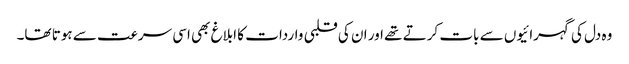
وہ دل کی گہرائیوں سے بات کرتے تھے اور ان کی قلبی واردات کا ابلاغ بھی اسی سرعت سے ہوتا تھا۔